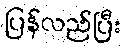
ပြန်လည်ပြီး